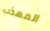
المهذب